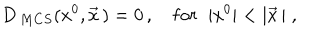
D _ { \mathrm \, M C S } ( x ^ { 0 } , \vec { x } \, ) = 0 \, , \quad { \mathrm f o r } \; \; | x ^ { 0 } | < | \vec { x } \, | \; ,